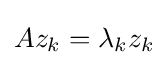
Az_{k}=\lambda _{k}z_{k}